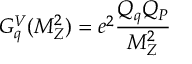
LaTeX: G _ { q } ^ { V } ( M _ { Z } ^ { 2 } ) = e ^ { 2 } \frac { Q _ { q } Q _ { \cal P } } { M _ { Z } ^ { 2 } }